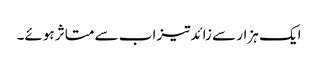
ایک ہزار سے زائدتیزاب سے متاثر ہوئے۔